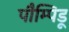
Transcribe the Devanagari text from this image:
पौम्पिडू